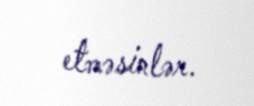
etməsinlər.